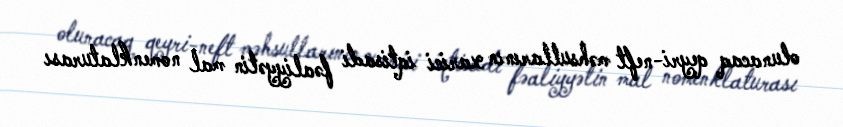
olunacaq qeyri-neft məhsullarının xarici iqtisadi fəaliyyətin mal nomenklaturası